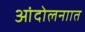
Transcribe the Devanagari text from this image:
आंदोलनाात